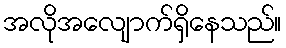
အလိုအလျောက်ရှိနေသည်။